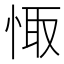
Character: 𢛏